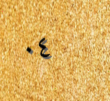
٠٤